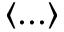
\langle . . . \rangle